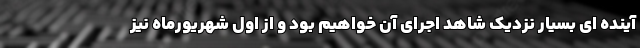
آینده ای بسیار نزدیک شاهد اجرای آن خواهیم بود و از اول شهریورماه نیز